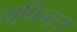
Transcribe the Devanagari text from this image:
शूप्रिन्ट्स